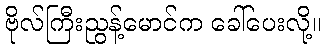
ဗိုလ်ကြီးညွန့်မောင်က ခေါ်ပေးလို့။